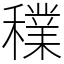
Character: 𥣈